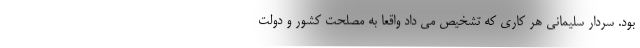
بود. سردار سلیمانی هر کاری که تشخیص می داد واقعا به مصلحت کشور و دولت